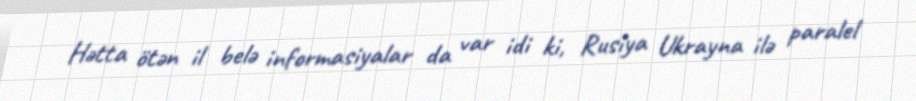
Hətta ötən il belə informasiyalar da var idi ki, Rusiya Ukrayna ilə paralel